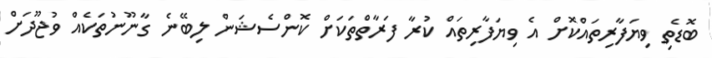
ބޮޑެތި ވިޔަފާރިތައްކޮށް އެ ވިޔަފާރިތައް ކުރާ ފަރާތްތަކަށް ކޮންސެޝަން ލިބޭނެ ގާނޫނުތަކެއް ވުޖޫދަށް